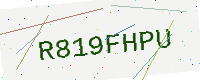
Text: R819FHPU